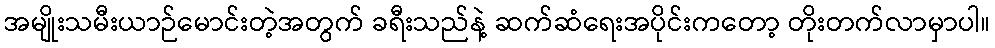
အမျိုးသမီးယာဉ်မောင်းတဲ့အတွက် ခရီးသည်နဲ့ ဆက်ဆံရေးအပိုင်းကတော့ တိုးတက်လာမှာပါ။